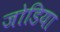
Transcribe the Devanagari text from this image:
जोडिया